Vaccination in Burma 1889-1999 - 1889-1999
Year: 1889
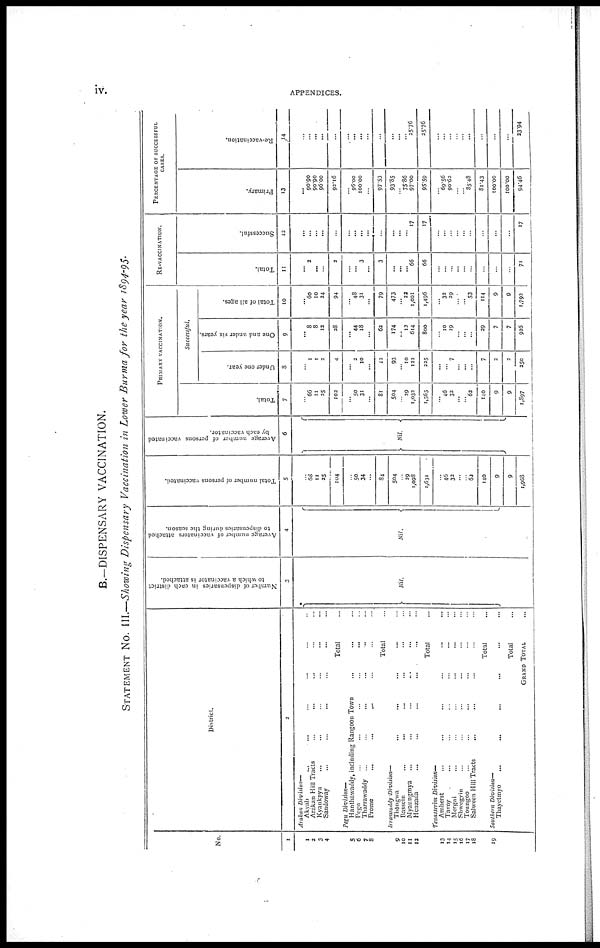
iv.
APPENDICES.
B.—DISPENSARY VACCINATION.
STATEMENT NO. III.—Showing Dispensary Vaccination in Lower Burma for the year 1894-95.
No.
1
1
2
3
4
5
6
7
8
9
10
11
12
13
14
15
16
17
18
19
District.
2
Arakan Division—
Akyab ... ... ... ... ... ...
Arakan Hill Tracts ... ... ... ... ... ...
Kyankpyu ... ... ... ... ... ...
Sandoway ... ... ... ... ... ...
Total ...
Pegu Division—
Hanthawaddy, including Rangoon Town ... ... ... ...
Pegu ... ... ... ... ... ...
Tharrawaddy
... ... ... ... ... ... ...
Prome ... ... ... ... ... ...
Total ...
Irrawaddy
Division—
Thongwa
...
...
...
...
...
...
Bassein ... ... ... ... ... ...
Myaungmya ... ... ... ... ... ...
Henzada ... ... ... ... ... ...
Total ...
Tenasserim Division—
Amherst
...
...
...
...
...
...
...
Tavoy ... ... ... ... ... ... ...
Mergui ... ... ... ... ... ...
Shwegyin
...
...
...
...
...
...
Toungoo ... ... ... ... ...
Salween Hill Tracts ... ... ... ... ... ...
Total ...
Southern Division—
Thayetmyo
...
...
...
...
...
...
Total ...
GRAND TOTAL ...
Number of dispensaries in each district
to which a vaccinator is attached.
3
Nil.
Average number of vaccinators attached
to dispensaries during the season.
4
Nil.
Total number of persons vaccinated.
5
...
68
11
25
104
...
50
34
...
84
504
...
29
1,098
1,631
...
46
32
...
...
62
140
9
9
1,968
Average number of persons vaccinated
by each vaccinator.
6
Nil.
PRIMARY VACCINATION.
Total.
7
...
66
11
25
102
...
50
31
...
81
504
... 29
1,032
1,565
... 46
32
...
... 62
140
... 9
9
1,897
Successful.
Under one year.
8
...
1
1
2
4
... 2
10
...
12
93
... 10
132
225
...
... 7
...
...
...
7
... 2
2
250
One and under six years.
9
... 8
8
12
28
... 44
18
...
62
174
... 12
614
800
... 10
19
...
...
...
29
... 7
7
926
Total of all ages.
10
... 60
10
24
94
...
48
31
...
79
473
... 22
1,001
1,496
... 32
29
...
... 53
114
... 9
9
1,792
RE-VACCINATION.
Total.
11
... 3
...
...
2
...
... 3
...
3
...
...
... 66
66
...
...
...
...
...
...
...
...
...
...
71
Successful.
12
...
...
...
...
...
...
...
...
...
...
... ...
...
17
17
...
...
...
...
...
...
...
...
...
...
17
PERCENTAGE OF SUCCESSFUL
CASES.
Primary.
13
... 90.90
90.90
96.00
92.16
...
96.00
100.00
...
97.53
93.85
... 75.86
97.00
95.59
... 69.56
90.63
...
... 85.48
81.43
... 100.00
100.00
94.46
Re-vaccination.
14
...
...
...
...
...
...
...
...
...
...
...
...
...
25.76
25.76
...
...
...
...
...
...
...
...
...
...
23.94